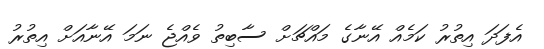
އެފަދަ އިތުރު ކަމެއް އޭނާގެ މައްޗަށް ސާބިތު ވެއްޖެ ނަމަ އޭނާއަށް އިތުރު